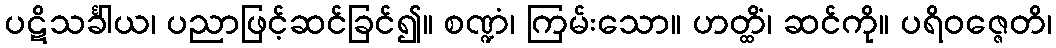
ပဋိသင်္ခါယ၊ ပညာဖြင့်ဆင်ခြင်၍။ စဏ္ဍံ၊ ကြမ်းသော။ ဟတ္ထိံ၊ ဆင်ကို။ ပရိဝဇ္ဇေတိ၊